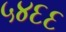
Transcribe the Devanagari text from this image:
५४६६